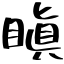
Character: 瞋